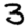
Digit: 3